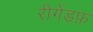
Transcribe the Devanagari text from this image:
रीगेंडफ़